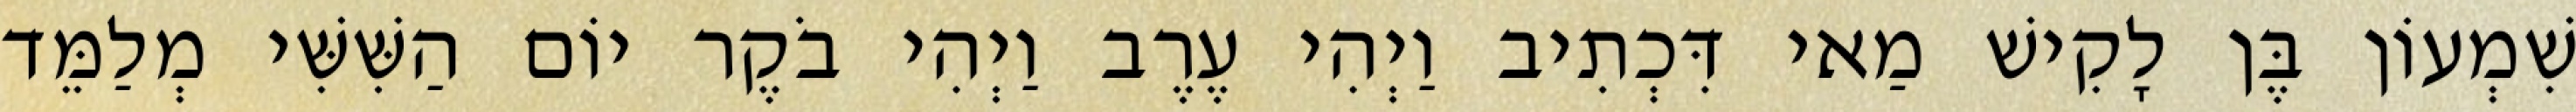
שִׁמְעוֹן בֶּן לָקִישׁ מַאי דִּכְתִיב וַיְהִי עֶרֶב וַיְהִי בֹקֶר יוֹם הַשִּׁשִּׁי מְלַמֵּד